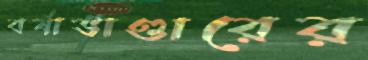
বর্ষাভাণ্ডারের